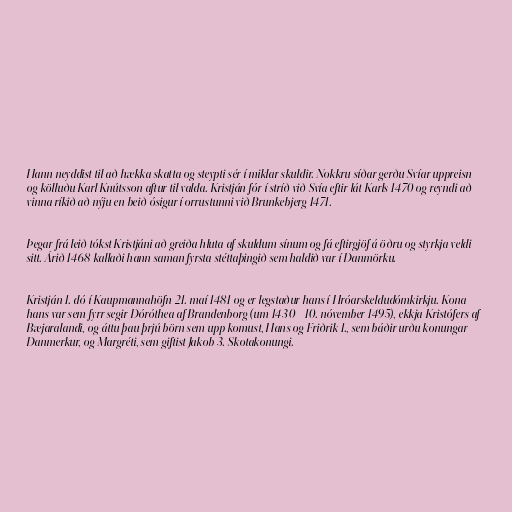
Hann neyddist til að hækka skatta og steypti sér í miklar skuldir. Nokkru síðar gerðu Svíar uppreisn
og kölluðu Karl Knútsson aftur til valda. Kristján fór í stríð við Svía eftir lát Karls 1470 og reyndi að
vinna ríkið að nýju en beið ósigur í orrustunni við Brunkebjerg 1471.

Þegar frá leið tókst Kristjáni að greiða hluta af skuldum sínum og fá eftirgjöf á öðru og styrkja veldi
sitt. Árið 1468 kallaði hann saman fyrsta stéttaþingið sem haldið var í Danmörku.

Kristján 1. dó í Kaupmannahöfn 21. maí 1481 og er legstaður hans í Hróarskeldudómkirkju. Kona
hans var sem fyrr segir Dóróthea af Brandenborg (um 1430 - 10. nóvember 1495), ekkja Kristófers af
Bæjaralandi, og áttu þau þrjú börn sem upp komust, Hans og Friðrik 1., sem báðir urðu konungar
Danmerkur, og Margréti, sem giftist Jakob 3. Skotakonungi.